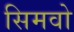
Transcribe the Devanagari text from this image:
सिमवो